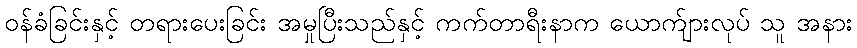
ဝန်ခံခြင်းနှင့် တရားပေးခြင်း အမှုပြီးသည်နှင့် ကက်တာရီးနာက ယောက်ျားလုပ် သူ အနား